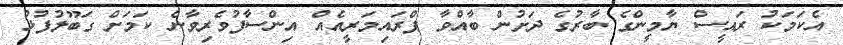
އެކަމަކު ރައީސް ޔާމީންގެ ބާރުގެ ދަށުން ބާއްވާ ޕްރައިމަރީއެއް އިންސާފުވެރިވާނެ ކަމަށް ގަބޫލުފުޅު